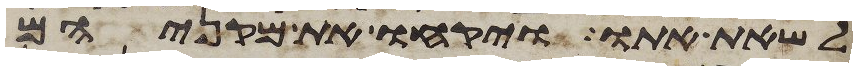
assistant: לשאת אתו ויקחו את מקניהם